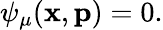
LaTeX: \psi_{\mu}(\mathbf{x},\mathbf{p})=0.